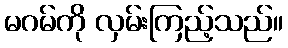
မဂမ်ကို လှမ်းကြည့်သည်။